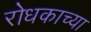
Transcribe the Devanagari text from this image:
रोधकाच्या